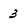
Character: 3